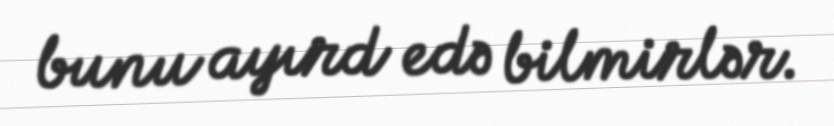
bunu ayırd edə bilmirlər.